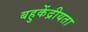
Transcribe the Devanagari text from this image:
बहुकेंद्रीयता